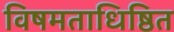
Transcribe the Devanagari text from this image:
विषमताधिष्ठित